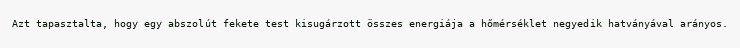
Azt tapasztalta, hogy egy abszolút fekete test kisugárzott összes energiája a hőmérséklet negyedik hatványával arányos.